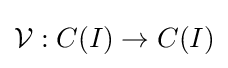
{\mathcal {V}}:C(I)\to C(I)